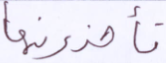
تأخذونها